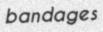
bandages